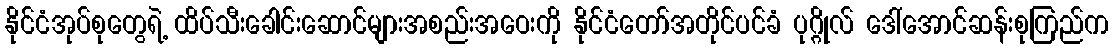
နိုင်ငံအုပ်စုတွေရဲ့ ထိပ်သီးခေါင်းဆောင်များအစည်းအဝေးကို နိုင်ငံတော်အတိုင်ပင်ခံ ပုဂ္ဂိုလ် ဒေါ်အောင်ဆန်းစုကြည်က